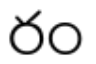
రం